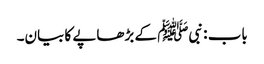
باب : نبیﷺ کے بڑھاپے کا بیان۔